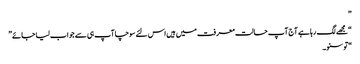
”
“مجھے لگ رہا ہے آج آپ حالت معرفت میں ہیں اس لئے سوچا آپ ہی سے جواب لیا جائے”
“تو سنو۔